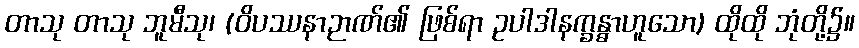
တာသု တာသု ဘူမီသု၊ (ဝိပဿနာဉာဏ်၏ ဖြစ်ရာ ဥပါဒါနက္ခန္ဓာဟူသော) ထိုထို ဘုံတို့၌။